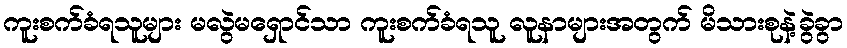
ကူးစက်ခံရသူများ မလွဲမရှောင်သာ ကူးစက်ခံရသူ လူနာများအတွက် မိသားစုနဲ့ခွဲခွာ